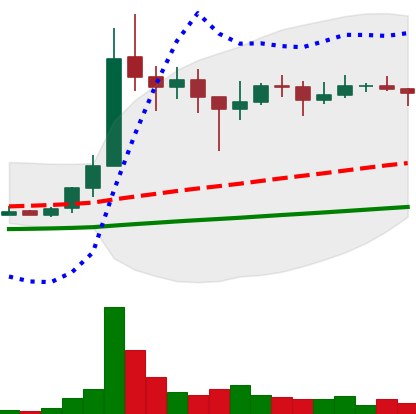
Ticker: XLM-USD
Chart end date: 2021-01-20
Forward return: -10.93%
Label: down_7plus